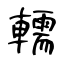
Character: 轜